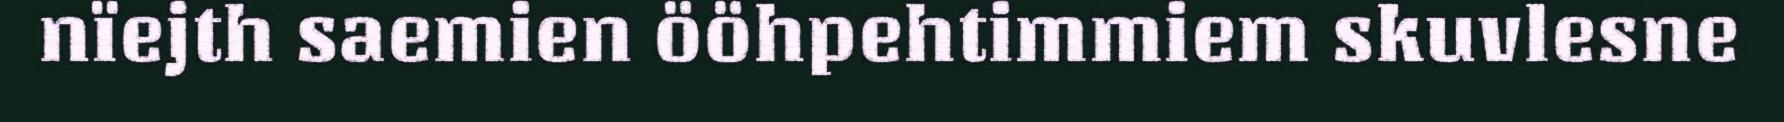
nïejth saemien ööhpehtimmiem skuvlesne